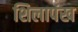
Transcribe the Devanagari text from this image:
शिलापंख